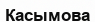
Касымова